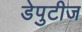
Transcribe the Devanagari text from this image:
डेपुटीज